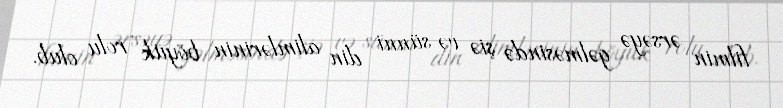
filmin ərsəyə gəlməsində şiə və sünni din alimlərinin böyük rolu olub.